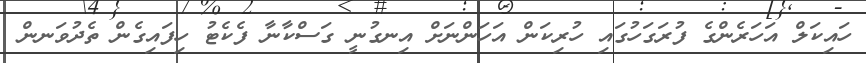
ހައިކަލް އަހަރެންގެ ފުރަގަހުގައި ހުރިކަން އަހަންނަށް އިނގުނީ ގަސްކާނާ ފެކެޓު ހިފައިގެން ތެދުވަނން